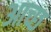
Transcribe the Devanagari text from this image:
आच्छ